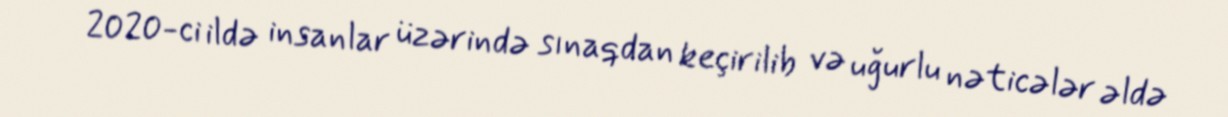
2020-ci ildə insanlar üzərində sınaqdan keçirilib və uğurlu nəticələr əldə